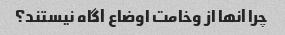
چرا آنها از وخامت اوضاع آگاه نیستند؟